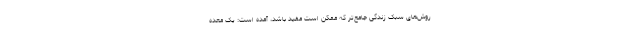
روش‌های سبک زندگی جامع‌تر که ممکن است مفید باشد، آمده است: یک معده